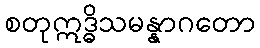
စတုဣဒ္ဓိသမန္နာဂတော